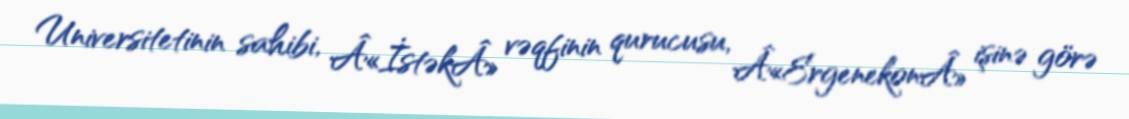
Universitetinin sahibi, Â«İstəkÂ» vəqfinin qurucusu, Â«ErgenekonÂ» işinə görə